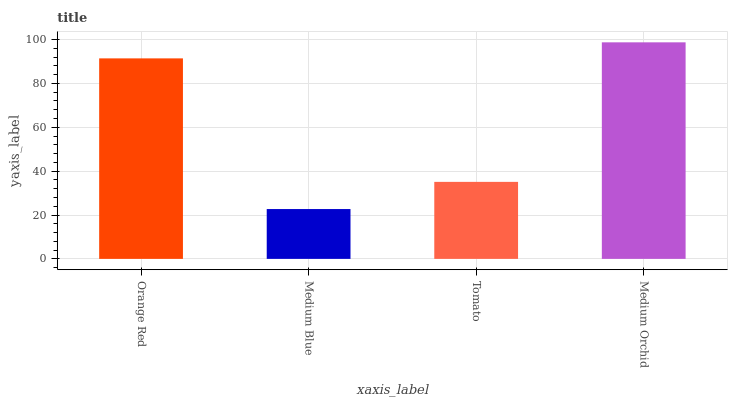
| xaxis_label | bars |
 | --- | --- |
 | Orange Red | 91.4 |
 | Medium Blue | 22.7 |
 | Tomato | 35.1 |
 | Medium Orchid | 98.7 |